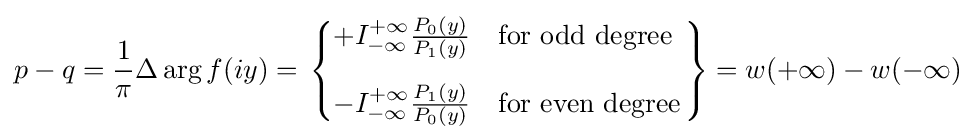
p-q={\frac {1}{\pi }}\Delta \arg f(iy)=\left.{\begin{cases}+I_{-\infty }^{+\infty }{\frac {P_{0}(y)}{P_{1}(y)}}&{\text{for odd degree}}\\[10pt]-I_{-\infty }^{+\infty }{\frac {P_{1}(y)}{P_{0}(y)}}&{\text{for even degree}}\end{cases}}\right\}=w(+\infty )-w(-\infty )